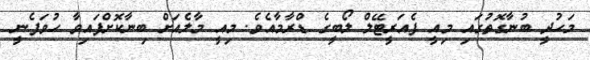
މަހުދީ ބުނާގޮތުގައި މިއީ ފެއަރީޓޭލް ލޯބީގެ ޑްރާމާއެވެ. މިއީ މާލެއަށް ބިނާކޮށްފައިވާ ހުވަފެނީ